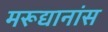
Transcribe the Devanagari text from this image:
मरूद्यानांस